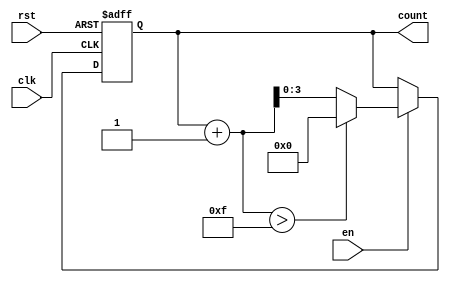
module incremental_counter #(
    parameter INIT_VAL = 0,      // Initial value of the counter
    parameter MAX_VAL = 15,      // Maximum value of the counter
    parameter INC_VAL = 1         // Increment value (default is 1)
)(
    input wire clk,              // Clock signal
    input wire rst,              // Asynchronous reset signal
    input wire en,               // Enable signal
    output reg [$clog2(MAX_VAL+1)-1:0] count // Current count value
);

    // Always block triggered on the rising edge of the clock
    always @(posedge clk or posedge rst) begin
        if (rst) begin
            // Reset the counter to the initial value
            count <= INIT_VAL;
        end else if (en) begin
            // Increment the counter if enabled
            if (count + INC_VAL > MAX_VAL) begin
                // Wrap around to the initial value if maximum is exceeded
                count <= INIT_VAL;
            end else begin
                count <= count + INC_VAL;
            end
        end
    end

endmodule